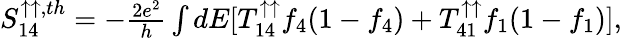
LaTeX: \begin{array}{r}{{S_{14}^{\uparrow\uparrow,th}}=-\frac{2e^{2}}{h}\int dE[T_{14}^{\uparrow\uparrow}f_{4}(1-f_{4})+T_{41}^{\uparrow\uparrow}f_{1}(1-f_{1})],}\end{array}